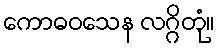
ကောဓဝသေန လဂ္ဂိတုံ။